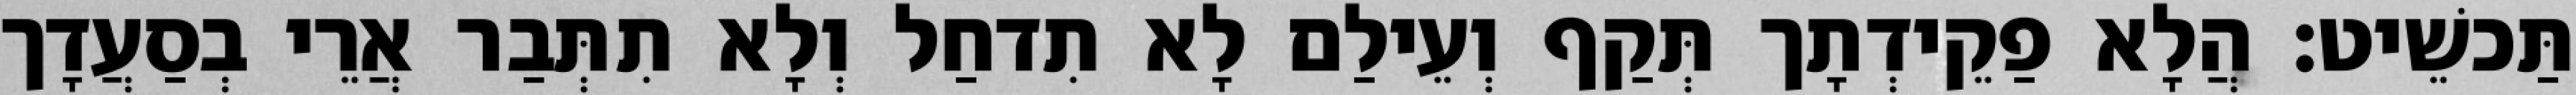
תַּכשֵׁיט׃ הֲלָא פַקֵידְתָך תְּקַף וְעֵילַם לָא תִדחַל וְלָא תִתְּבַר אֲרֵי בְסַעֲדָך